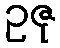
ဥဇု